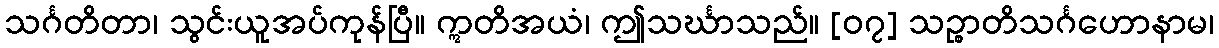
သင်္ဂတိတာ၊ သွင်းယူအပ်ကုန်ပြီ။ ဣတိအယံ၊ ဤသင်္ဃာသည်။ [၀၇] သဉ္စာတိသင်္ဂဟောနာမ၊